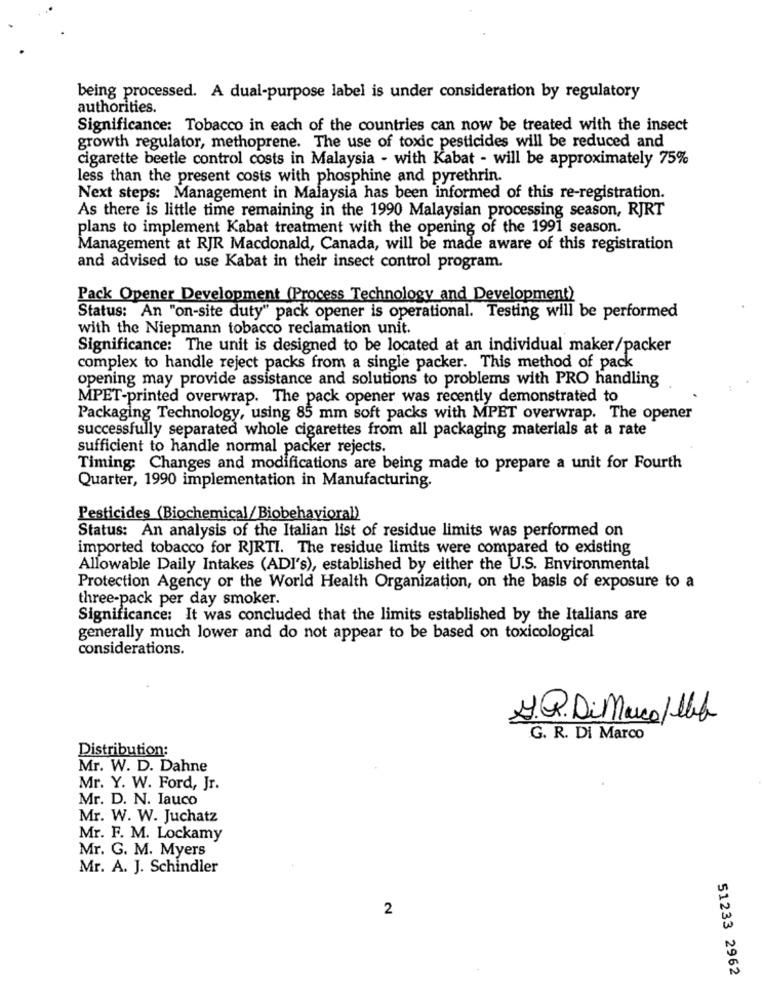
being processed. A dual-purpose label is under consideration by regulatory
authorities.
Significance: Tobacco in each of the countries can now be treated with the insect
growth regulator, methoprene. The use of toxic pesticides will be reduced and
cigarette beetle control costs in Malaysia - with Kabat - will be approximately 75%
less than the present costs with phosphine and pyrethrin.
Next steps: Management in Malaysia has been informed of this re-registration.
As there is little time remaining in the 1990 Malaysian processing season, RJRT
plans to implement Kabat treatment with the opening of the 1991 season.
Management at RJR Macdonald, Canada, will be made aware of this registration
and advised to use Kabat in their insect control program.
Pack Opener Development (Process Technology and Development)
Status: An "on-site duty" pack opener is operational. Testing will be performed
with the Niepmann tobacco reclamation unit.
Significance: The unit is designed to be located at an individual maker/packer
complex to handle reject packs from a single packer. This method of pack
opening may provide assistance and solutions to problems with PRO handling
MPET-printed overwrap. The pack opener was recently demonstrated to
Packaging Technology, using 85 mm soft packs with MPET overwrap. The opener
successfully separated whole cigarettes from all packaging materials at a rate
sufficient to handle normal packer rejects.
Timing: Changes and modifications are being made to prepare a unit for Fourth
Quarter, 1990 implementation in Manufacturing.
Pesticides (Biochemical/Biobehavioral)
Status: An analysis of the Italian list of residue limits was performed on
imported tobacco for RJRTI. The residue limits were compared to existing
Allowable Daily Intakes (ADI's), established by either the U.S. Environmental
Protection Agency or the World Health Organization, on the basis of exposure to a
three-pack per day smoker.
Significance: It was concluded that the limits established by the Italians are
generally much lower and do not appear to be based on toxicological
considerations.
J.R. Di Marco/lbf
G. R. Di Marco
Distribution:
Mr. W. D. Dahne
Mr. Y. W. Ford, Jr.
Mr. D. N. Iauco
Mr. W. W. Juchatz
Mr. F. M. Lockamy
Mr. G. M. Myers
Mr. A. J. Schindler
2
51233 2962